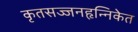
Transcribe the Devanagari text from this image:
कृतसज्जनहृन्निकेत